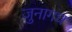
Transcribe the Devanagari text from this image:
जुनागध